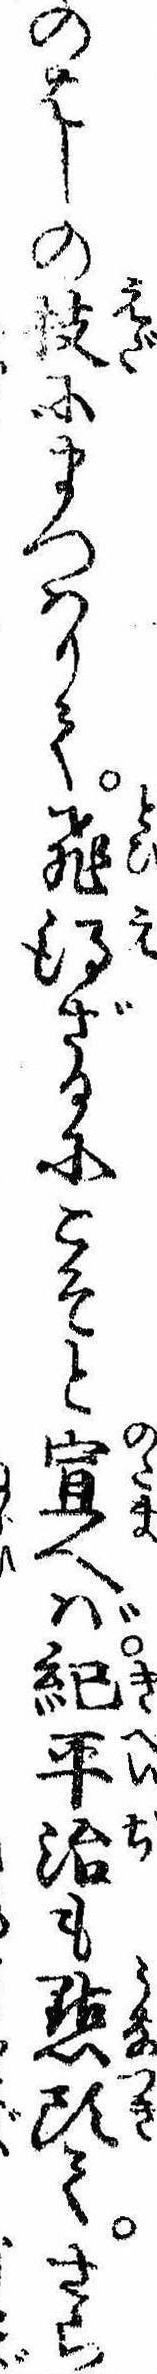
のはしの枝にまつはりて飛得ざるにこそと宣へば紀平治も点頭てさら